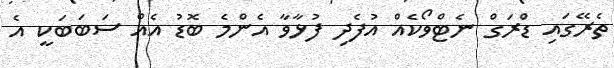
ތެރޭގައި ޑްރަގް ނެޓްވޯކެއް އުފެދި ފުޅާވާ އެންމެ ބޮޑު އެއް ސަބަބަކީ އެ